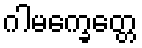
ဂါမက္ခေတ္တေ